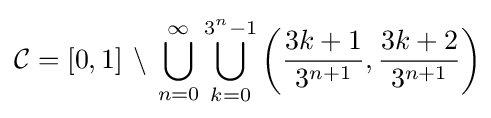
{\mathcal {C}}=[0,1]\,\setminus \,\bigcup _{n=0}^{\infty }\bigcup _{k=0}^{3^{n}-1}\left({\frac {3k+1}{3^{n+1}}},{\frac {3k+2}{3^{n+1}}}\right)\!